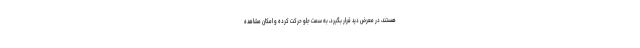
هستند، در معرض دید قرار بگیرد، به سمت جلو حرکت کرده و امکان مشاهده